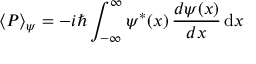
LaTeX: \langle P \rangle _ { \psi } = - i \hbar \int _ { - \infty } ^ { \infty } \psi ^ { \ast } ( x ) \, { \frac { d \psi ( x ) } { d x } } \, \mathrm { d } x